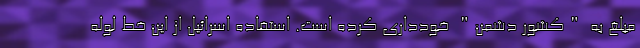
مبلغ به "کشور دشمن" خودداری کرده است. استفاده اسرائیل از این خط لوله